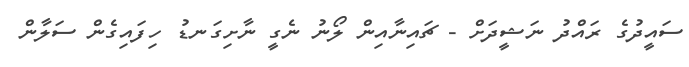
ސައީދުގެ ރައްދު ނަޝީދަށް - ޗައިނާއިން ލޯނު ނެގީ ނާށިގަނޑު ހިފައިގެން ސަލާން